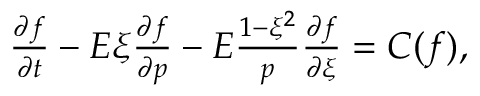
\begin{array} { r } { \frac { \partial f } { \partial t } - E \xi \frac { \partial f } { \partial p } - E \frac { 1 - \xi ^ { 2 } } { p } \frac { \partial f } { \partial \xi } = C ( f ) , } \end{array}